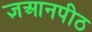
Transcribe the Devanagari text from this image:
ज्ञआनपीठ